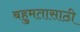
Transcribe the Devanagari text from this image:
बहुमतासाठी